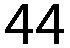
44